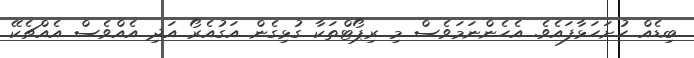
ބިޑެއް ހުށަހަޅާފައެވެ. އެހެންނަމަވެސް މި ރިޕޯޓްތަކާ ގުޅިގެން އަގުއެރޯ އަދި އެއްވެސް އެއްޗެކޭ